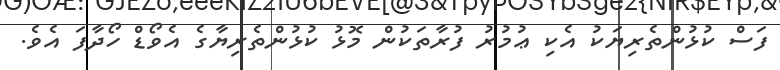
ފަސް ކުޅުންތެރިޔަކު އެކި ޢުމުރު ފުރާތަކުން މޮޅު ކުޅުންތެރިޔާގެ އެވޯޑް ހޯދާފަ އެވެ.